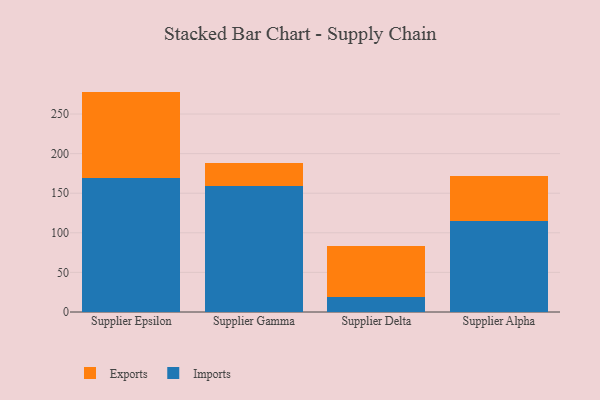
{"axis": {"x": "Supplier", "y": "Budget (USD K)"}, "legend": ["Exports", "Imports"], "data": [{"x": "Supplier Epsilon", "y": 169.4, "type": "Imports"}, {"x": "Supplier Epsilon", "y": 108.9, "type": "Exports"}, {"x": "Supplier Gamma", "y": 158.7, "type": "Imports"}, {"x": "Supplier Gamma", "y": 29.0, "type": "Exports"}, {"x": "Supplier Delta", "y": 18.5, "type": "Imports"}, {"x": "Supplier Delta", "y": 65.4, "type": "Exports"}, {"x": "Supplier Alpha", "y": 115.4, "type": "Imports"}, {"x": "Supplier Alpha", "y": 55.9, "type": "Exports"}]}